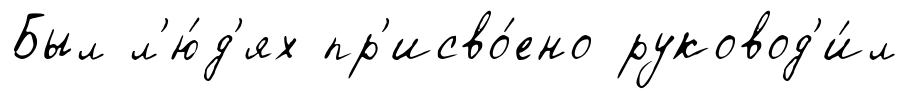
Был л'ю́д'ях пр'исво́ено руковод'и́л